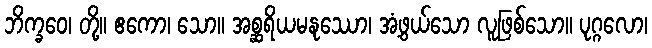
ဘိက္ခဝေ၊ တို့။ ဧကော၊ သော။ အစ္ဆရိယမနုဿော၊ အံ့ဖွယ်သော လူဖြစ်သော။ ပုဂ္ဂလော၊